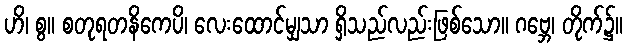
ဟိ၊ စွ။ စတုရတနိကေပိ၊ လေးထောင်မျှသာ ရှိသည်လည်းဖြစ်သော။ ဂဗ္ဘေ၊ တိုက်၌။